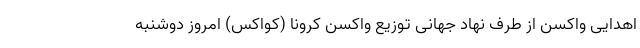
اهدایی واکسن از طرف نهاد جهانی توزیع واکسن کرونا (کواکس) امروز دوشنبه